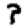
Digit: 3